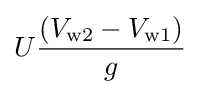
U{\frac {(V_{\rm {w2}}-V_{\rm {w1}})}{g}}